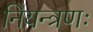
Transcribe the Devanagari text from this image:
नियन्त्रणः